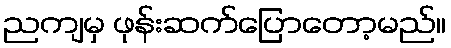
ညကျမှ ဖုန်းဆက်ပြောတော့မည်။